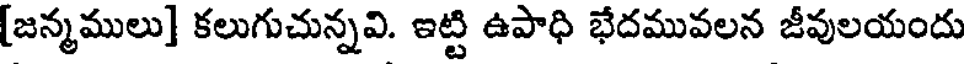
[జన్మములు] కలుగుచున్నవి. ఇట్టి ఉపాధి భేదమువలన జీవులయందు